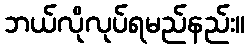
ဘယ်လိုလုပ်ရမည်နည်း။